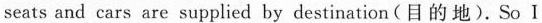
seats and cars are supplied by destination(目的地). So I